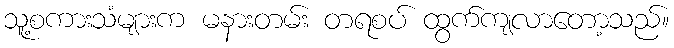
သူ့စကားသံများက မနားတမ်း တရစပ် ထွက်ကျလာတော့သည်။